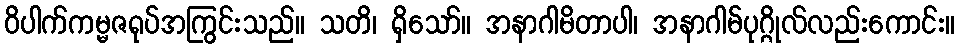
ဝိပါက်ကမ္မဇရုပ်အကြွင်းသည်။ သတိ၊ ရှိသော်။ အနာဂါမိတာပါ၊ အနာဂါမ်ပုဂ္ဂိုလ်လည်းကောင်း။